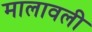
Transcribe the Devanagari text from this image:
मालावली